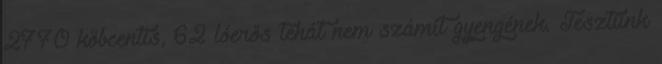
2770 köbcentis, 62 lóerős tehát nem számít gyengének. Tesztünk